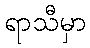
ရာသီမှာ